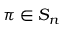
\pi \in S _ { n }